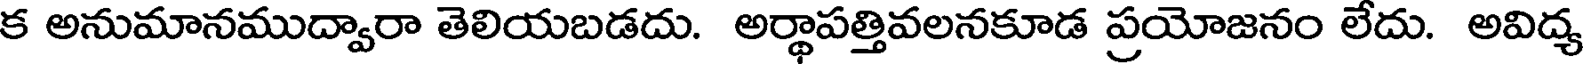
క అనుమానముద్వారా తెలియబడదు. అర్థాపత్తివలనకూడ ప్రయోజనం లేదు. అవిద్య